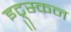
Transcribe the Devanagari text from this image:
इट्रुस्कन